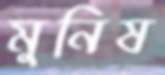
মুনিষ